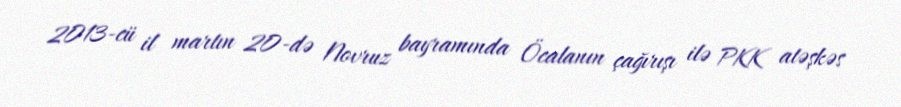
2013-cü il martın 20-də Novruz bayramında Öcalanın çağırışı ilə PKK atəşkəs